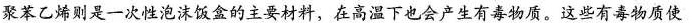
聚苯乙烯则是一次性泡沫饭盒的主要材料，在高温下也会产生有毒物质。这些有毒物质使